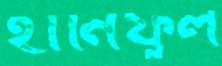
হানিফুল